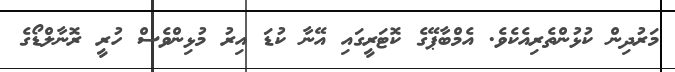
މަރުދިން ކުޅުންތެރިއެކެވެ. އެމްބާޕޭގެ ކޮޓަރީގައި އޭނާ ކުޑަ އިރު މުޅިންވެސް ހުރީ ރޮނާލްޑޯގެ